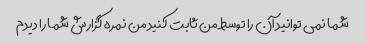
شما نمی توانید آن را توسط من ثابت کنید من نمره گزارش شما را دیدم